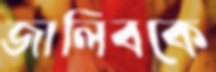
জালিবকে